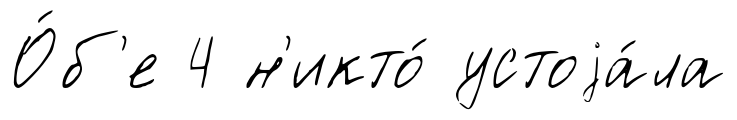
О́б'е 4 н'икто́ устоjа́ла